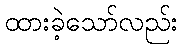
ထားခဲ့သော်လည်း